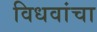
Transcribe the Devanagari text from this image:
विधवांचा